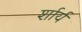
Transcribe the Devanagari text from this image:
र्शार्य